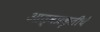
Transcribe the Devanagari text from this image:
आत्मप्रकृतीचे